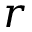
r